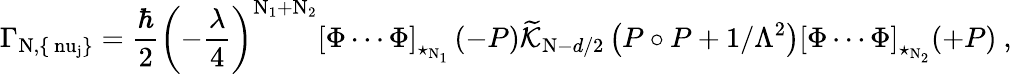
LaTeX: \Gamma_{\mathrm{N,\{ \ nu_{j}\} }}=\frac{\hbar}{2}\left(-\frac{\lambda}{4}\right)^{\mathrm{N_{1}+N_{2}}}\left[\Phi\cdots\Phi\right]_{\star_{\mathrm{N_{1}}}}\left(-P\right)\widetilde{{\cal K}}_{\mathrm{N}-d/2}\left(P\circ P+1/\Lambda^{2}\right)\left[\Phi\cdots\Phi\right]_{\star_{\mathrm{N_{2}}}}(+P)~,